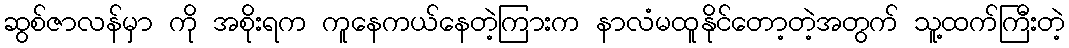
ဆွစ်ဇာလန်မှာ ကို အစိုးရက ကူနေကယ်နေတဲ့ကြားက နာလံမထူနိုင်တော့တဲ့အတွက် သူ့ထက်ကြီးတဲ့